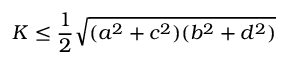
K \leq { \frac { 1 } { 2 } } { \sqrt { ( a ^ { 2 } + c ^ { 2 } ) ( b ^ { 2 } + d ^ { 2 } ) } }